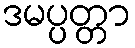
ဒမပ္ပတ္တာ